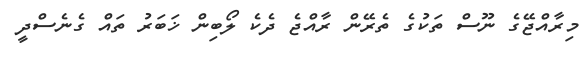
މިރާއްޖޭގެ ނޫސް ތަކުގެ ތެރޭން ރާއްޖެ ދެކެ ލޯބިން ޚަބަރު ތައް ގެނެސްދީ